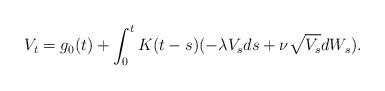
LaTeX: \begin{align*} V_t = g_0(t) + \int_0^t K(t-s) (-\lambda V_s ds + \nu \sqrt{V_s} dW_s){.}\end{align*}